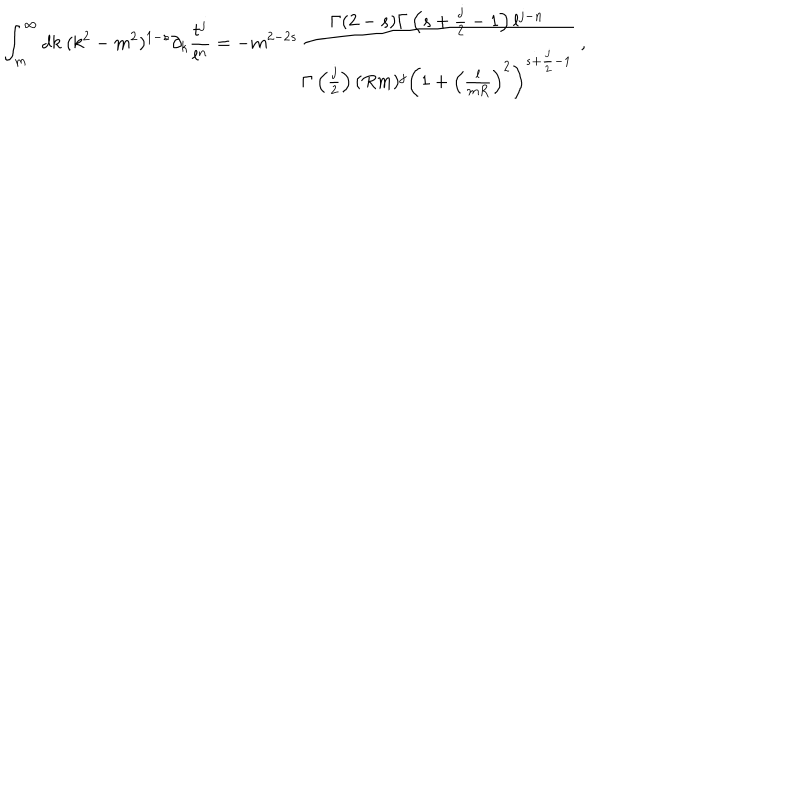
LaTeX: \int _ { m } ^ { \infty } d k \ ( k ^ { 2 } - m ^ { 2 } ) ^ { 1 - s } \partial _ { k } \frac { t ^ { j } } { l ^ { n } } = - m ^ { 2 - 2 s } \frac { \Gamma ( 2 - s ) \Gamma \left( s + \frac j 2 - 1 \right) l ^ { j - n } } { \Gamma \left( \frac j 2 \right) ( R m ) ^ { j } \left( 1 + \left( \frac { l } { m R } \right) ^ { 2 } \right) ^ { s + \frac j 2 - 1 } } \ ,